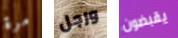
مرة ورجل يقبضون